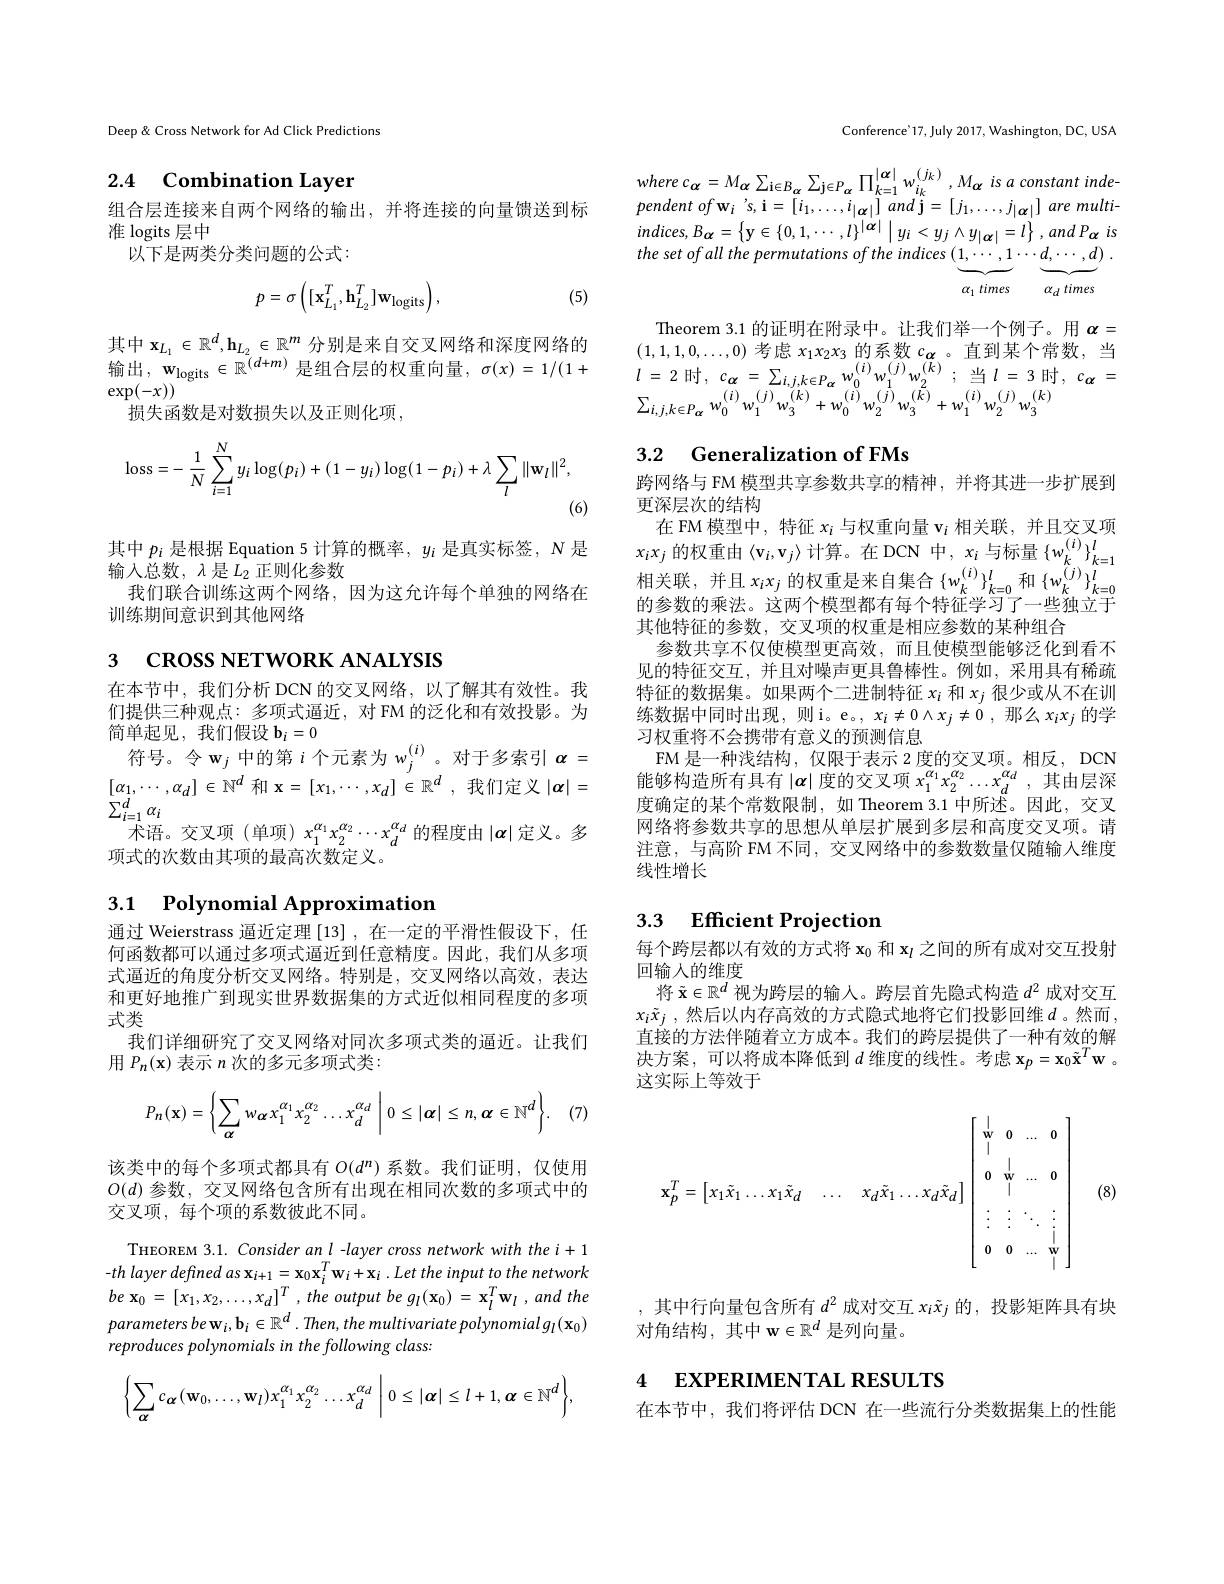
Deep & Cross Network for Ad Click Predictions

## 2.4 Combination Layer

组合层连接来自两个网络的输出，并将连接的向量馈送到标
准 logits 层中
以下是两类分类问题的公式：
$$p=\sigma\left([\mathbf{x}_{L_{1}}^{T},\mathbf{h}_{L_{2}}^{T}]\mathbf{w}_{\mathrm{logits}}\right),$$
(5)

其 中 $\mathbf{x} _{L_1}\in \mathbb{R} ^d, \mathbf{h} _{L_2}\in \mathbb{R} ^m$ 分 别 是 来 自 交 叉 网 络 和 深 度 网 络 的 $\text{输 出 , w}_{\mathrm{logits}}\in \mathbb{R} ^{( d+ m) }$ 是 组 合 层 的 权 重 向 量 , $\sigma ( x) = 1/ ( 1+$
$\exp(-x))$
损失函数是对数损失以及正则化项，
$$\mathrm{loss}=-\:\frac{1}{N}\sum_{i=1}^{N}y_{i}\log(p_{i})+(1-y_{i})\log(1-p_{i})+\lambda\sum_{l}\|\mathbf{w}_{l}\|^{2},$$
(6)

其中$p_i$是根据 Equation 5 计算的概率，$y_i$是真实标签，N 是
输入总数，$\lambda$是$L_2$正则化参数
我们联合训练这两个网络，因为这允许每个单独的网络在
训练期间意识到其他网络

3 СROSS NETWORK ANALYSIS

在本节中，我们分析 DCN 的交叉网络，以了解其有效性。我们提供三种观点：多项式逼近，对 FM 的泛化和有效投影。为简单起见，我们假设$\mathbf{b}_i=0$
符号。令$\mathbf{w}_j$中的第$i$个元素为$w_j^(i)$。对于多索引$\alpha=$ $[ \alpha _{1}, \cdots , \alpha _{d}] \in \mathbb{N} ^{d}$ 和 x$= [ x_{1}, \cdots , x_{d}] \in \mathbb{R} ^{d}$ , 我 们 定 义 $| \alpha | =$ $\sum_{i=1}^{d}\alpha_{i}$
术语。交叉项(单项) $x_1^{\alpha_1}x_2^{\alpha_2}\cdots x_d^{\alpha_d}$的程度由$|\boldsymbol\alpha|$定义。多
项式的次数由其项的最高次数定义。

## 3.1 $\textbf{Polynomial Approximation}$

通过 Weierstrass 逼近定理[13] ,在一定的平滑性假设下，任何函数都可以通过多项式逼近到任意精度。因此，我们从多项式逼近的角度分析交叉网络。特别是，交叉网络以高效，表达和更好地推广到现实世界数据集的方式近似相同程度的多项式类
我们详细研究了交叉网络对同次多项式类的逼近。让我们
用$P_n(\mathbf{x})$表示$n$次的多元多项式类：
$$P_{n}(\mathbf{x})=\left\{\sum_{\alpha}w_{\alpha}x_{1}^{\alpha_{1}}x_{2}^{\alpha_{2}}\ldots x_{d}^{\alpha_{d}}\:\bigg|\:0\leq|\boldsymbol{\alpha}|\leq n,\boldsymbol{\alpha}\in\mathbb{N}^{d}\right\}.$$
(7

该类中的每个多项式都具有$O(d^n)$系数。我们证明，仅使用$O(d)$参数，交叉网络包含所有出现在相同次数的多项式中的交叉项，每个项的系数彼此不同。
THEOREM 3.1. Consider an l -layer cross network with the i+ 1 $- th$ layer defined $as$ $\mathbf{x} _{i+ 1}= \mathbf{x} _{0}\mathbf{x} _{i}^{T}\mathbf{w} _{i}+ \mathbf{x} _{i}$ $. Let$ the input $to$ the network $be$ $\mathbf{x} _{0}$ = $[ x_{1}, x_{2}, \ldots , x_{d}] ^{T}$ , the output $be$ $g_{l}( \mathbf{x} _{0})$ = $\mathbf{x} _{l}^{T}\mathbf{w} _{l}$ , and the parameters be w$_i,\mathbf{b}_i\in\mathbb{R}^d.$ Then, the multivariate polynomial g$_l(\mathbf{x}_0)$ reproduces polynomials in the following class:
$$\left\{\sum_{\alpha}c_{\alpha}(\mathbf{w}_{0},\ldots,\mathbf{w}_{l})x_{1}^{\alpha_{1}}x_{2}^{\alpha_{2}}\ldots x_{d}^{\alpha_{d}}\:\bigg|\:0\leq|\boldsymbol{\alpha}|\leq l+1,\boldsymbol{\alpha}\in\mathbb{N}^{d}\right\},$$
Conference'17, July 2017, Washington, DC, USA

$wherec_{\alpha}=M_{\alpha}\sum_{\mathrm{i}\in B_{\alpha}}\sum_{\mathrm{j}\in P_{\alpha}}\prod_{k=1}^{|\alpha|}w_{i_{k}}^{(j_{k})},M_{\alpha}$ is a constant independent $of$ $\mathbf{w} _{i}\:^{\prime }s, \mathbf{i} = \left [ i_{1}, \ldots , i_{| \boldsymbol{\alpha }| }\right ]$ and $\mathbf{j} = \left [ j_{1}, \ldots , j_{| \boldsymbol{\alpha }| }\right ]$ are multi $indices,B_{\boldsymbol{\alpha}}=\left\{\mathbf{y}\in\{0,1,\cdots,l\}^{|\boldsymbol{\alpha}|}\mid y_{i}<y_{j}\wedge y_{|\boldsymbol{\alpha}|}=l\right\},andP_{\boldsymbol{\alpha}}is$ the set of all the permutations of the indices (1, $\cdots , 1\cdots d, \cdots , d)$ .
$\alpha_1$ times $\alpha_d$ times

Theorem 3.1 的证明在附录中。让我们举一个例子。用$\alpha=$ $(1,1,1,0,\ldots,0)$考虑$x_1x_2x_3$的系数$c_{\boldsymbol{\alpha}}$ 。直到某个常数，当$l$ = 2 时 , $c_{\boldsymbol{\alpha }}$ = $\sum _{i, j, k\in P_{\boldsymbol{\alpha }}}$ $w_{0}^{( i) }$ $w_{1}^{( j) }$ $w_{2}^{( k) }$ ; $\overset {\underline {\nu }}{\operatorname* { \operatorname* { = } } }l$ = 3 时 , $c_{\boldsymbol{\alpha }}$ = $\sum _{i, j, k\in P_{\boldsymbol{\alpha }}}$ $w_{0}^{( i) }$ $w_{1}^{( j) }$ $w_{3}^{( k) }$ $+ w_{0}^{( i) }$ $w_{2}^{( j) }$ $w_{3}^{( k) }$ $+ w_{1}^{( i) }$ $w_{2}^{( j) }$ $w_{3}^{( k) }$

## 3.2 Generalization of FMs

跨网络与 FM 模型共享参数共享的精神，并将其进一步扩展到
更深层次的结构
在 FM 模 型 中 , 特 征 $x_{i}$ 与 权 重 向 量 $\mathbf{v} _{i}$ 相 关 联 , 并 且 交 叉 项 $x_{i}x_{j}$ 的 权 重 由 $\langle \mathbf{v} _{i}, \mathbf{v} _{j}\rangle$ 计 算 。在 DCN 中 , $x_{i}$ 与 标 量 $\{ w_{k}^{( i) }\} _{k= 1}^{l}$ 相 关 联 , 并 且 $x_{i}x_{j}$ 的 权 重 是 来 自 集 合 $\{ w_{k}^{( i) }\} _{k= 0}^{l}$ 和 $\{ w_{k}^{( j) }\} _{k= 0}^{l}$ 的 会 数 的 乘 进 这 而 个 横 刑 都 右 负 众 性 征 当 可 了 一 此 独 立 于的参数的乘法。这两个模型都有每个特征学习了一些独立于其他特征的参数，交叉项的权重是相应参数的某种组合
参数共享不仅使模型更高效，而且使模型能够泛化到看不见的特征交互，并且对噪声更具鲁棒性。例如，采用具有稀疏特征的数据集。如果两个二进制特征$x_i$和$x_j$很少或从不在训练数据中同时出现，则i。e。, $x_i\neq0\wedge x_j\neq\tilde{0}$,那么$x_ix_j$的学习权重将不会携带有意义的预测信息
FM 是一种浅结构，仅限于表示 2 度的交叉项。相反，DCN 能够构造所有具有$\left|\boldsymbol{\alpha}\right|$度的交叉项 $x_1^{\alpha_1}x_2^{\alpha_2}\ldots x_d^{\alpha_d}$, 其由层深度确定的某个常数限制，如 Theorem 3.1 中所述。因此，交叉网络将参数共享的思想从单层扩展到多层和高度交叉项。请注意，与高阶 FM 不同，交叉网络中的参数数量仅随输人维度线性增长

### 3.3 Efficient Projection

每个跨层都以有效的方式将$\mathbf{x}_0$和$\mathbf{x}_l$之间的所有成对交互投射
回输人的维度
将$\tilde{\mathbf{x}}\in\mathbb{R}^d$视为跨层的输入。跨层首先隐式构造$d^2$成对交互$x_i\tilde{x} _j$ ,然后以内存高效的方式隐式地将它们投影回维$d$。然而， 直接的方法伴随着立方成本。我们的跨层提供了一种有效的解${\text{决方案，可以将成本降低到 }d\text{ 维度的线性。考虑 }\mathbf{x}_{p}=\mathbf{x}_{0}\tilde{\mathbf{x}}^{T}\mathbf{w}}$。这实际上等效于
$$\mathbf{x}_{p}^{T}=\begin{bmatrix}x_{1}\tilde{x}_{1}\ldots x_{1}\tilde{x}_{d}&\ldots&x_{d}\tilde{x}_{1}\ldots x_{d}\tilde{x}_{d}\end{bmatrix}\begin{bmatrix}\begin{array}{cccc}|&&&&\\\mathbf{w}&0&\ldots&0\\|&&&&\\&|&&&\\0&\mathbf{w}&\ldots&0\\&|&&&\\\vdots&\vdots&\ddots&\vdots\\0&0&\ldots&\mathbf{w}\\\end{array}\end{bmatrix}$$
(8)

,其中行向量包含所有$d^2$成对交互$x_i\tilde{x}_j$的，投影矩阵具有块
对角结构，其中$\mathbf{w}\in\mathbb{R}^d$是列向量。

4 EXPERIMENTAL RESULTS

在本节中，我们将评估 DCN 在一些流行分类数据集上的性能